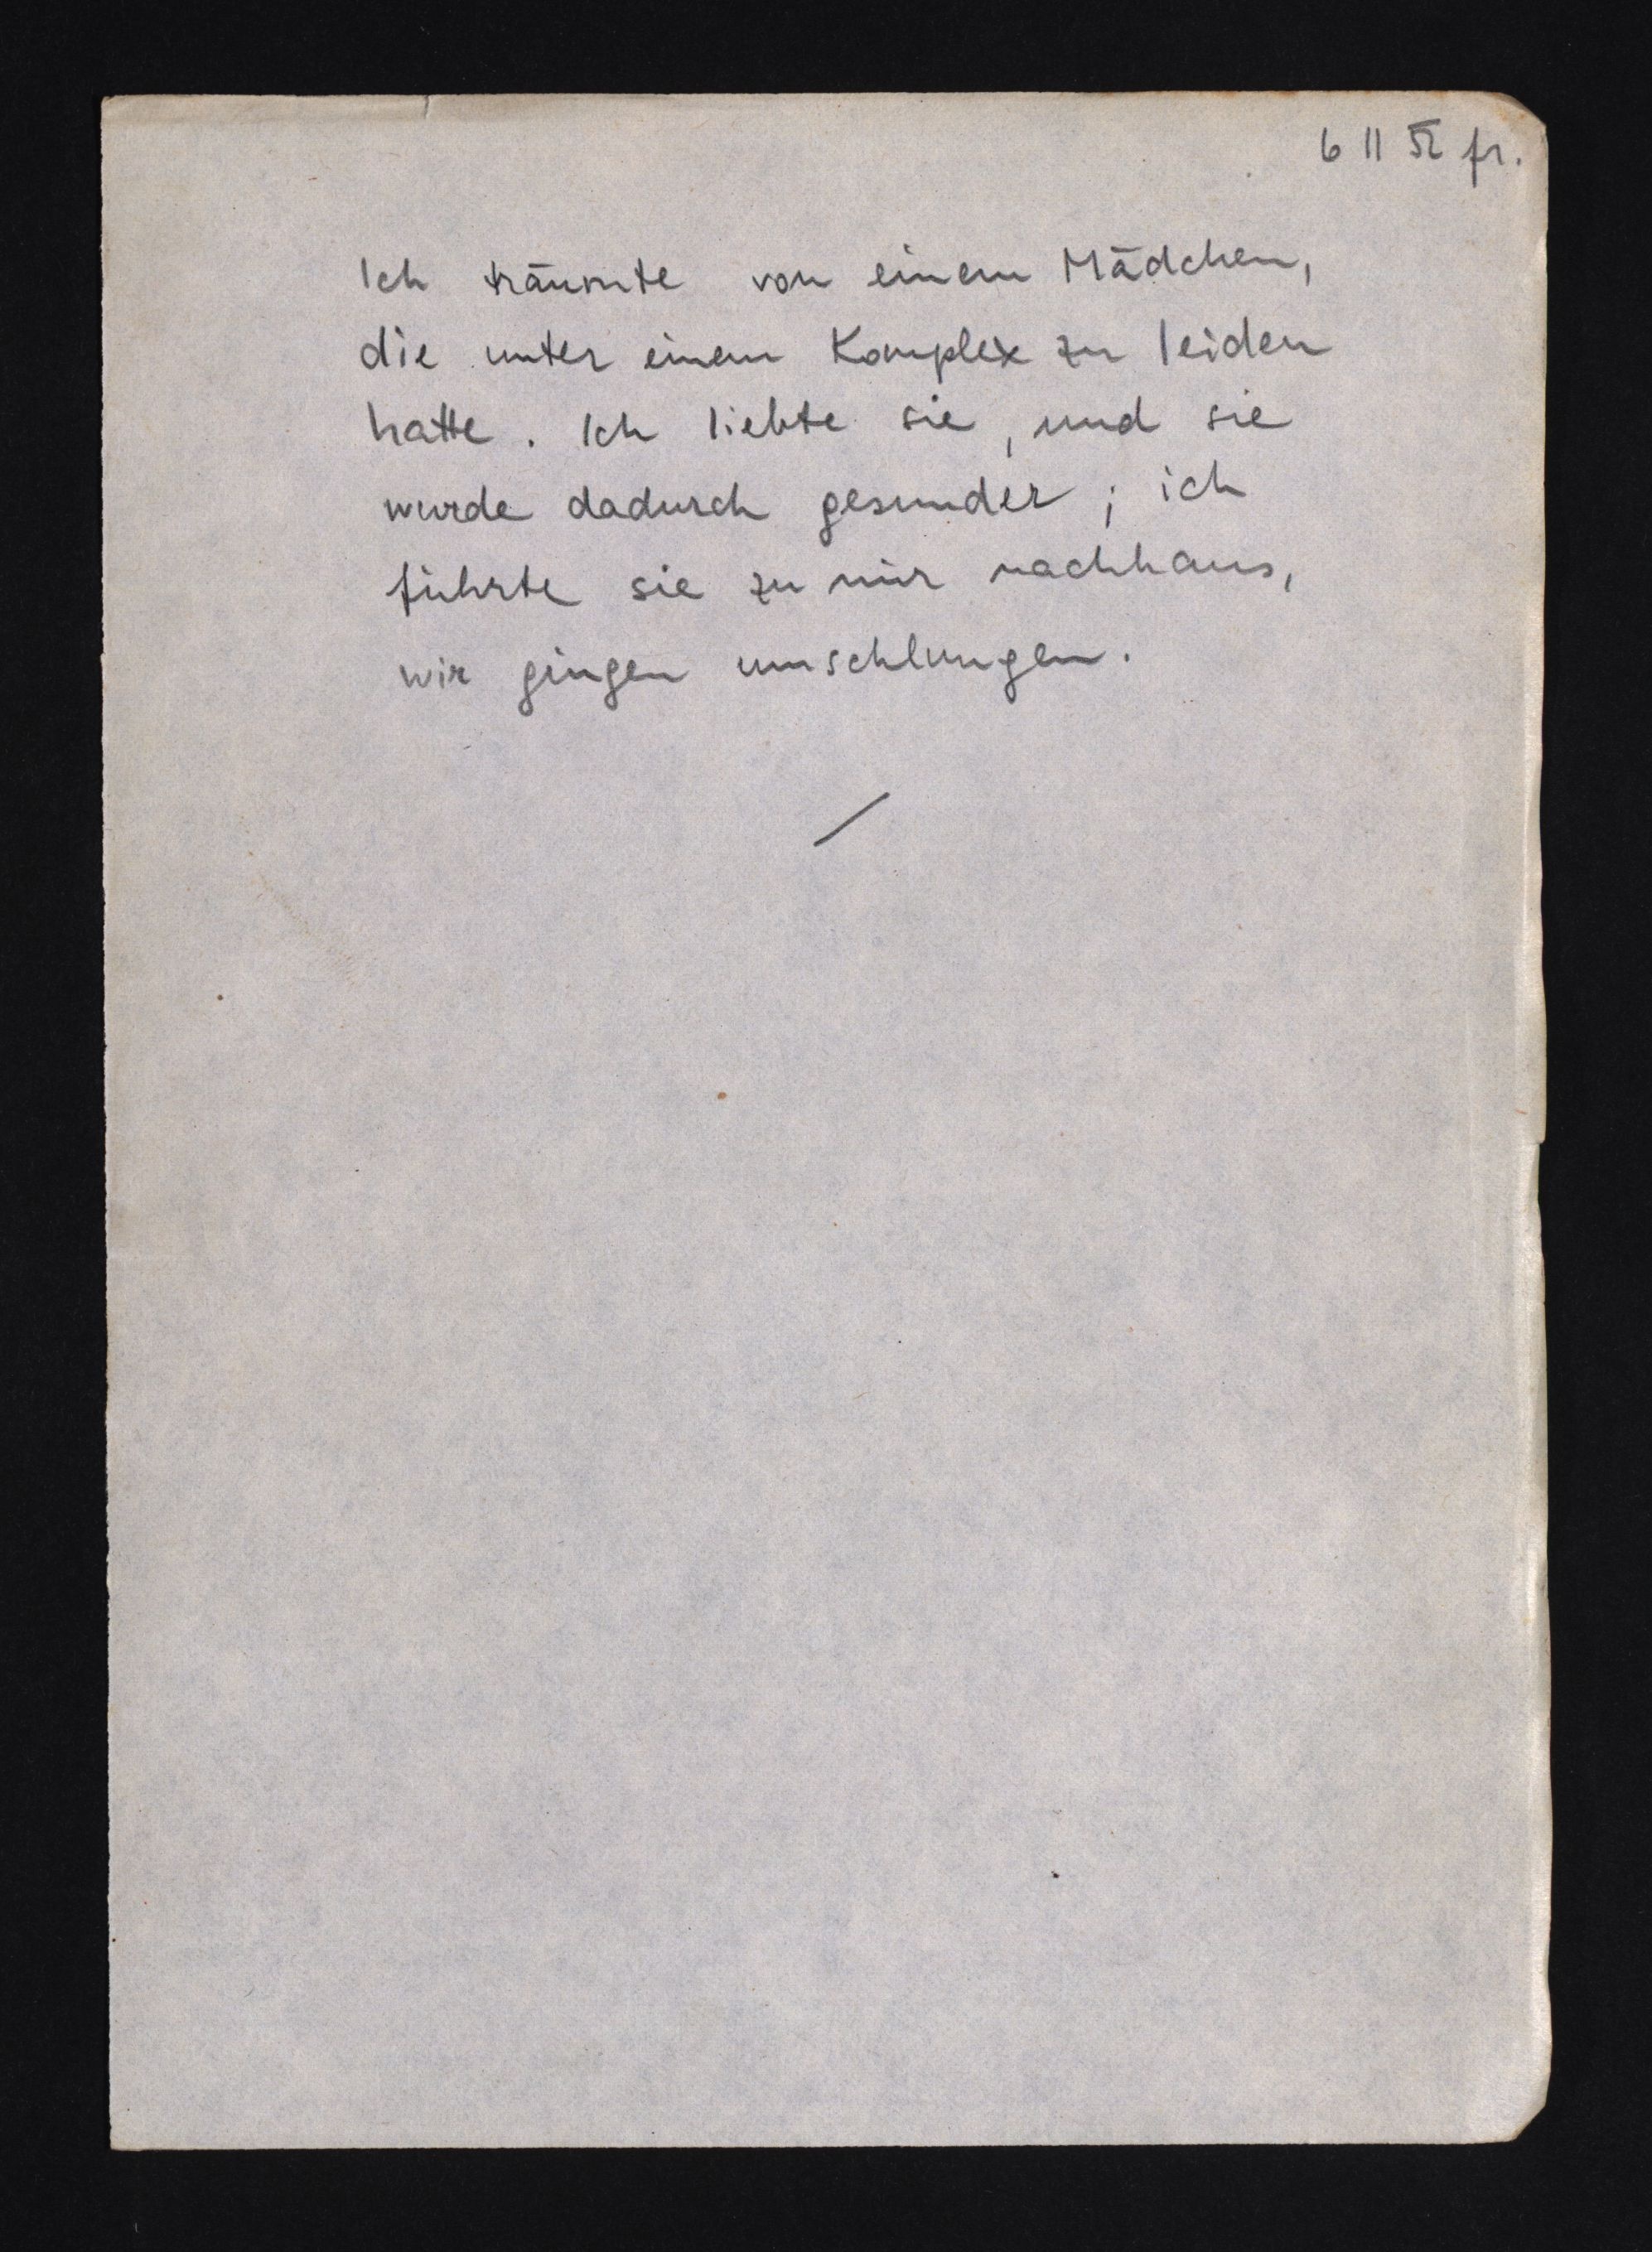
6 11 52 fr.
Ich träumte von einem Mädchen,
die unter einem Komplex zu leiden
hatte. Ich liebte sie, und sie
wurde dadurch gesunder; ich
führte sie zu mir nachhaus,
wir gingen umschlungen.